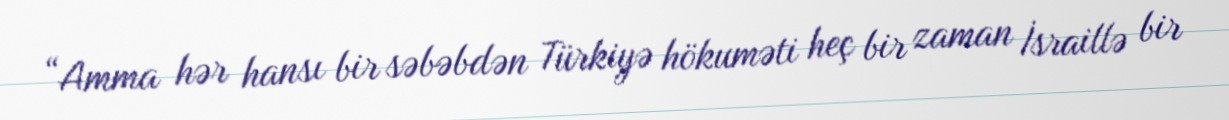
“Amma hər hansı bir səbəbdən Türkiyə hökuməti heç bir zaman İsraillə bir